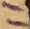
Text: 11